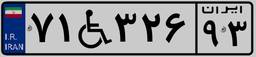
۷۱W۳۲۶۹۳